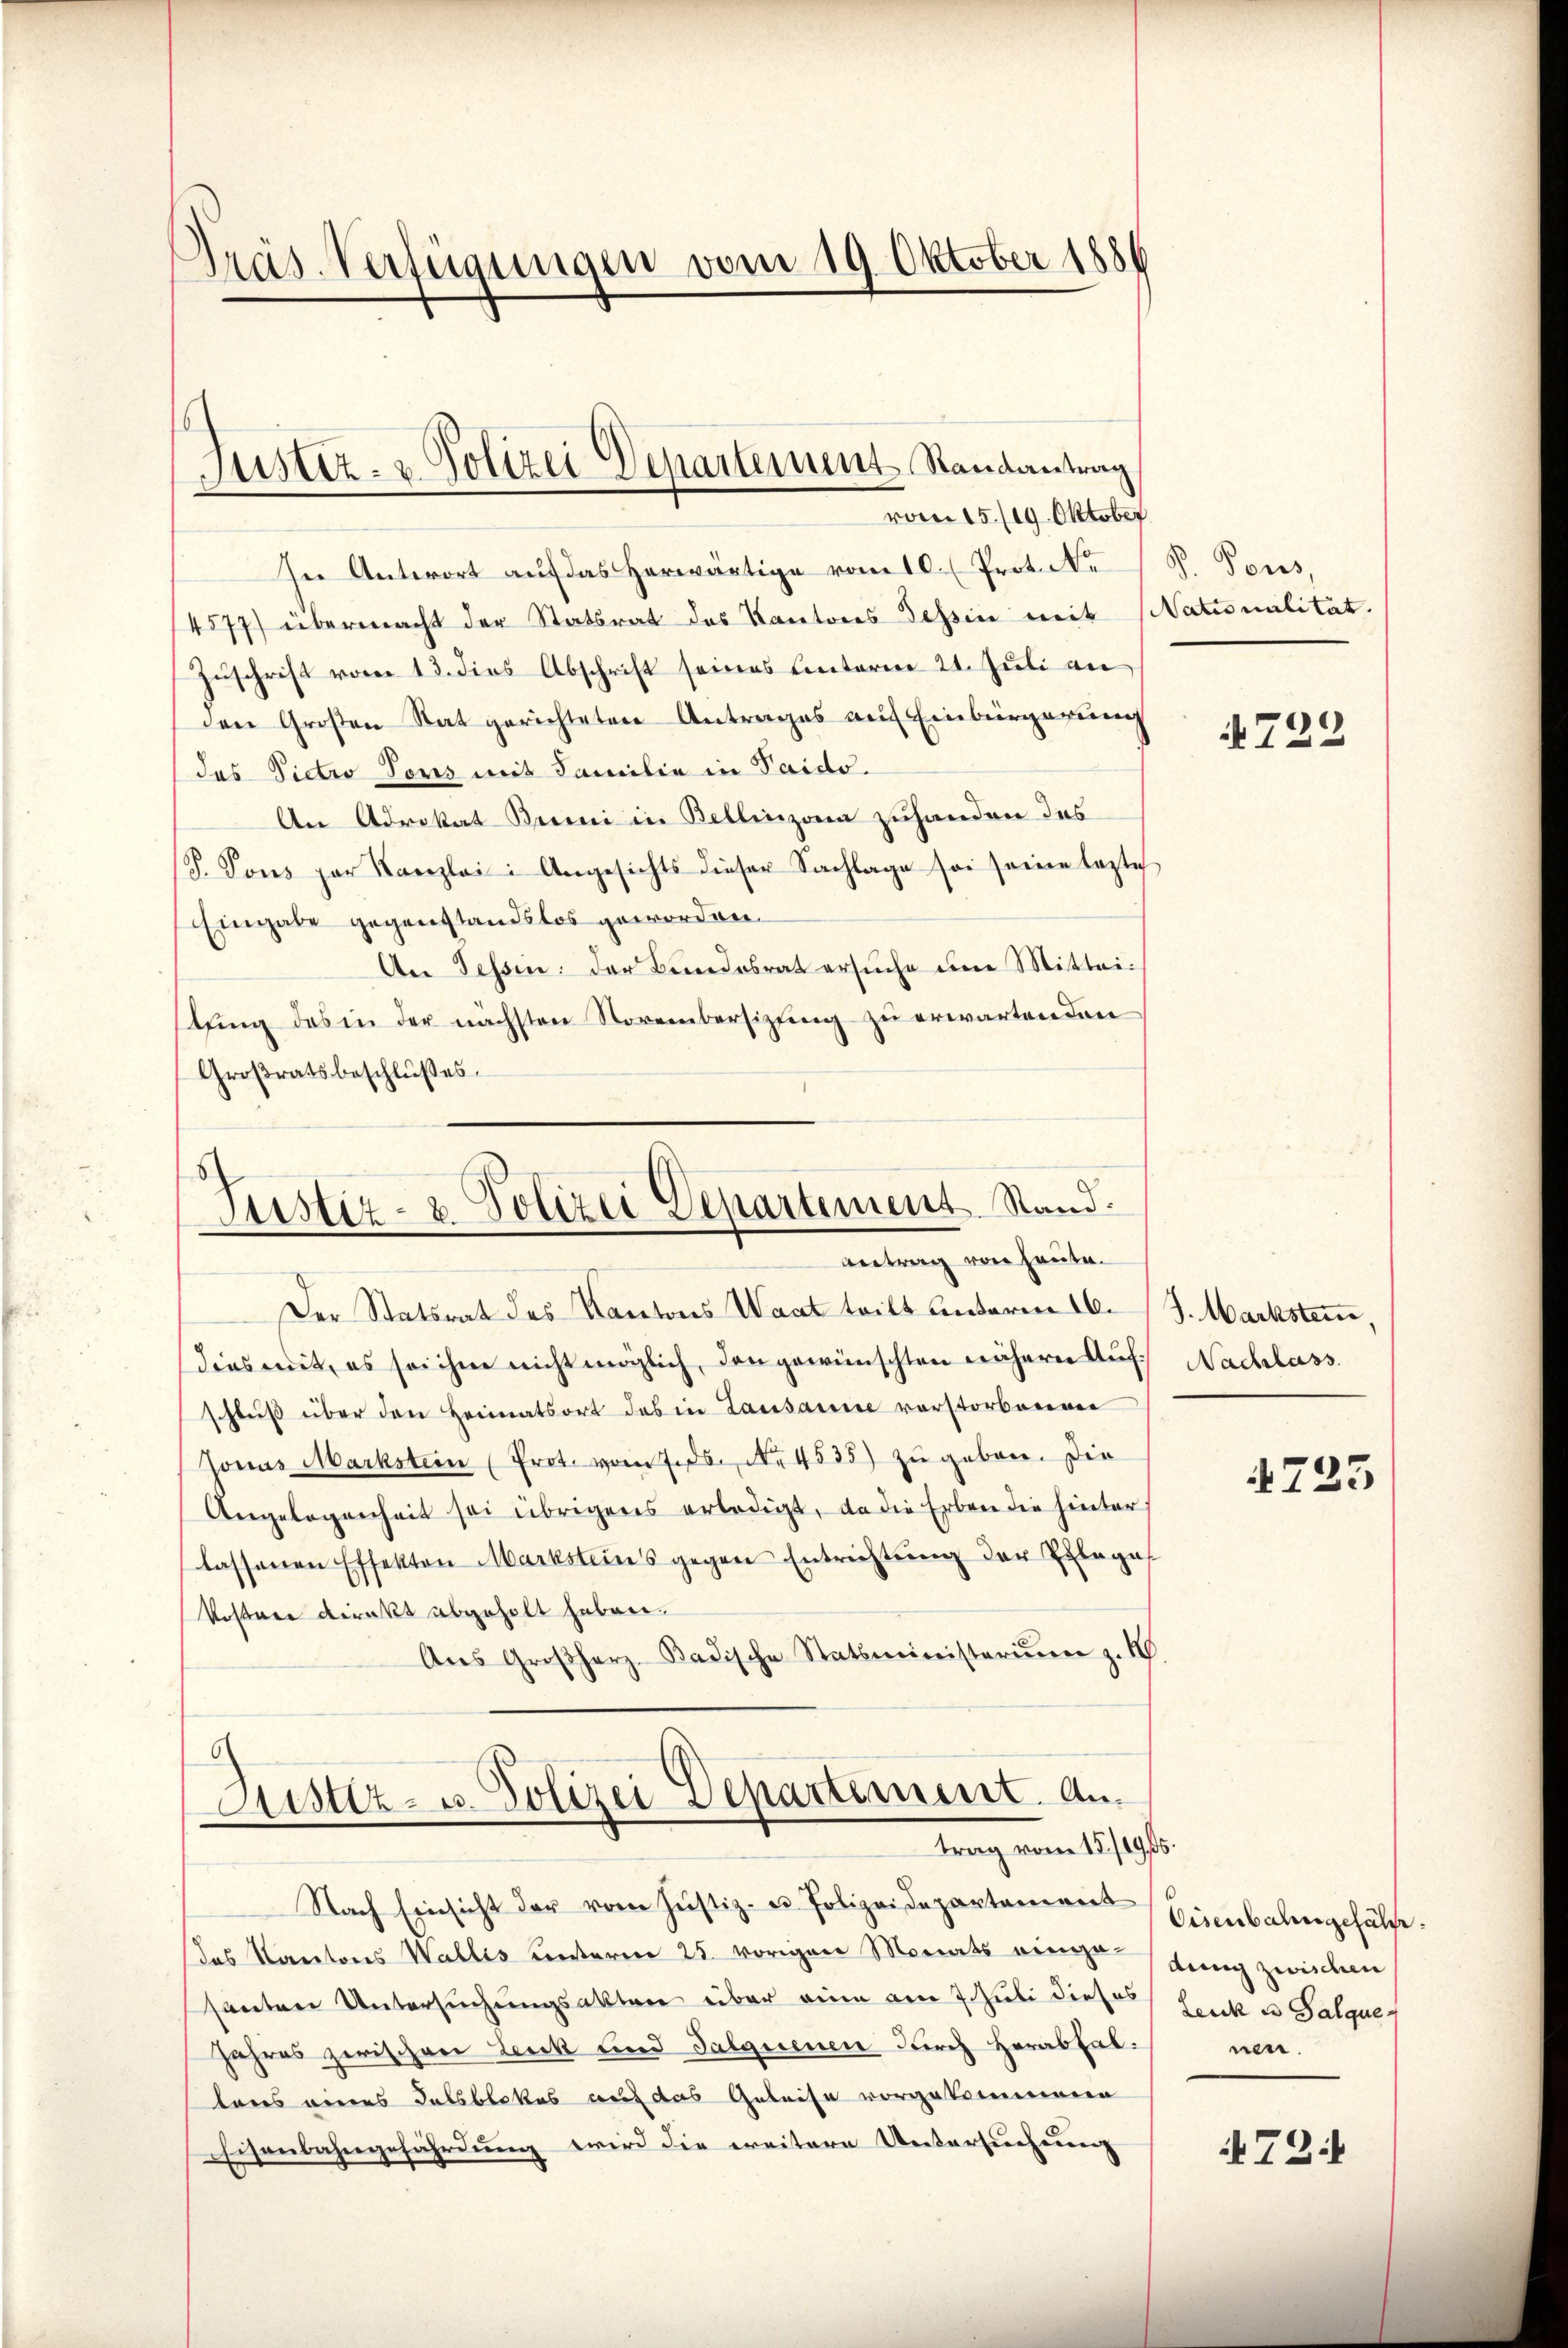
Präs. Verfügungen vom 19. Oktober 1886

In Antwort auf das herwärtige vom 10. (Prot. Ne
4577) übermacht der Statsrat des Kantons Tessin mit Nationalität.
Zŭschrift vom 13. dies Abschrift seines unterm 21. Jŭli an
den Großen Rat gerichteten Antrages auf Einbürgerung
das Pietro Tonis mit Familie in Paido.
An Advokat Brei in Bellinzona zuhanden das
P. Vons par Kanzlei: Angesichts dieser Sachlage sei seine lezte
Eingabe gegenstandslos geworden.
An Tessin: der Bundesrat ersuche um Mitteilung des in der nächsten Novembersizung zu erwarten den
Großratsbeschlußes.

Justiz- & Polizei Departement Randantrag
vom 15./19. Oktober

Justiz- & Polizei Departement Stand.
antrag von heute.

Justiz- u. Polizei Departement. An
trag vom 15./19. 65.

Nach Einsicht der vom Justiz- u Polizeidepartament Einbahngehülfe.
das Kantons Wallis Centerm 25. vorigen Meits einige (dung zwischen
santen Untersuchungsakter über eine am 7. Juli dieses
Jahres zwischen Leuk und Talgienen durch Herabfal nen
tons eines Talsblokes auf das Geleise vorgekommenen
Eisenbahngefährdung wird die weitere Untersuchung

Der Statsrat des Kantons Waat tritt unterm 16. J. Markstem,
dies mit, es sei ihm nicht möglich, den gewünschten nähern Auf Nachlass
schluß über den Heimatsort das in Lausanne vorstorbenen
Jonas Markstein (Prot. vom 7. ds. No. 4535) zu geben. Die
Angelegenheit sei übrigens erledigt, da die Erben die hinter
lassenen Effekten Marksteins gegen Entrichtŭng der Erlages
Kostere Direkt abgeholt haben.
Aŭs Großherz-Badische Statsministeriŭm z. B.

P. Pores,

722

4725

Leuk u Salque

72: